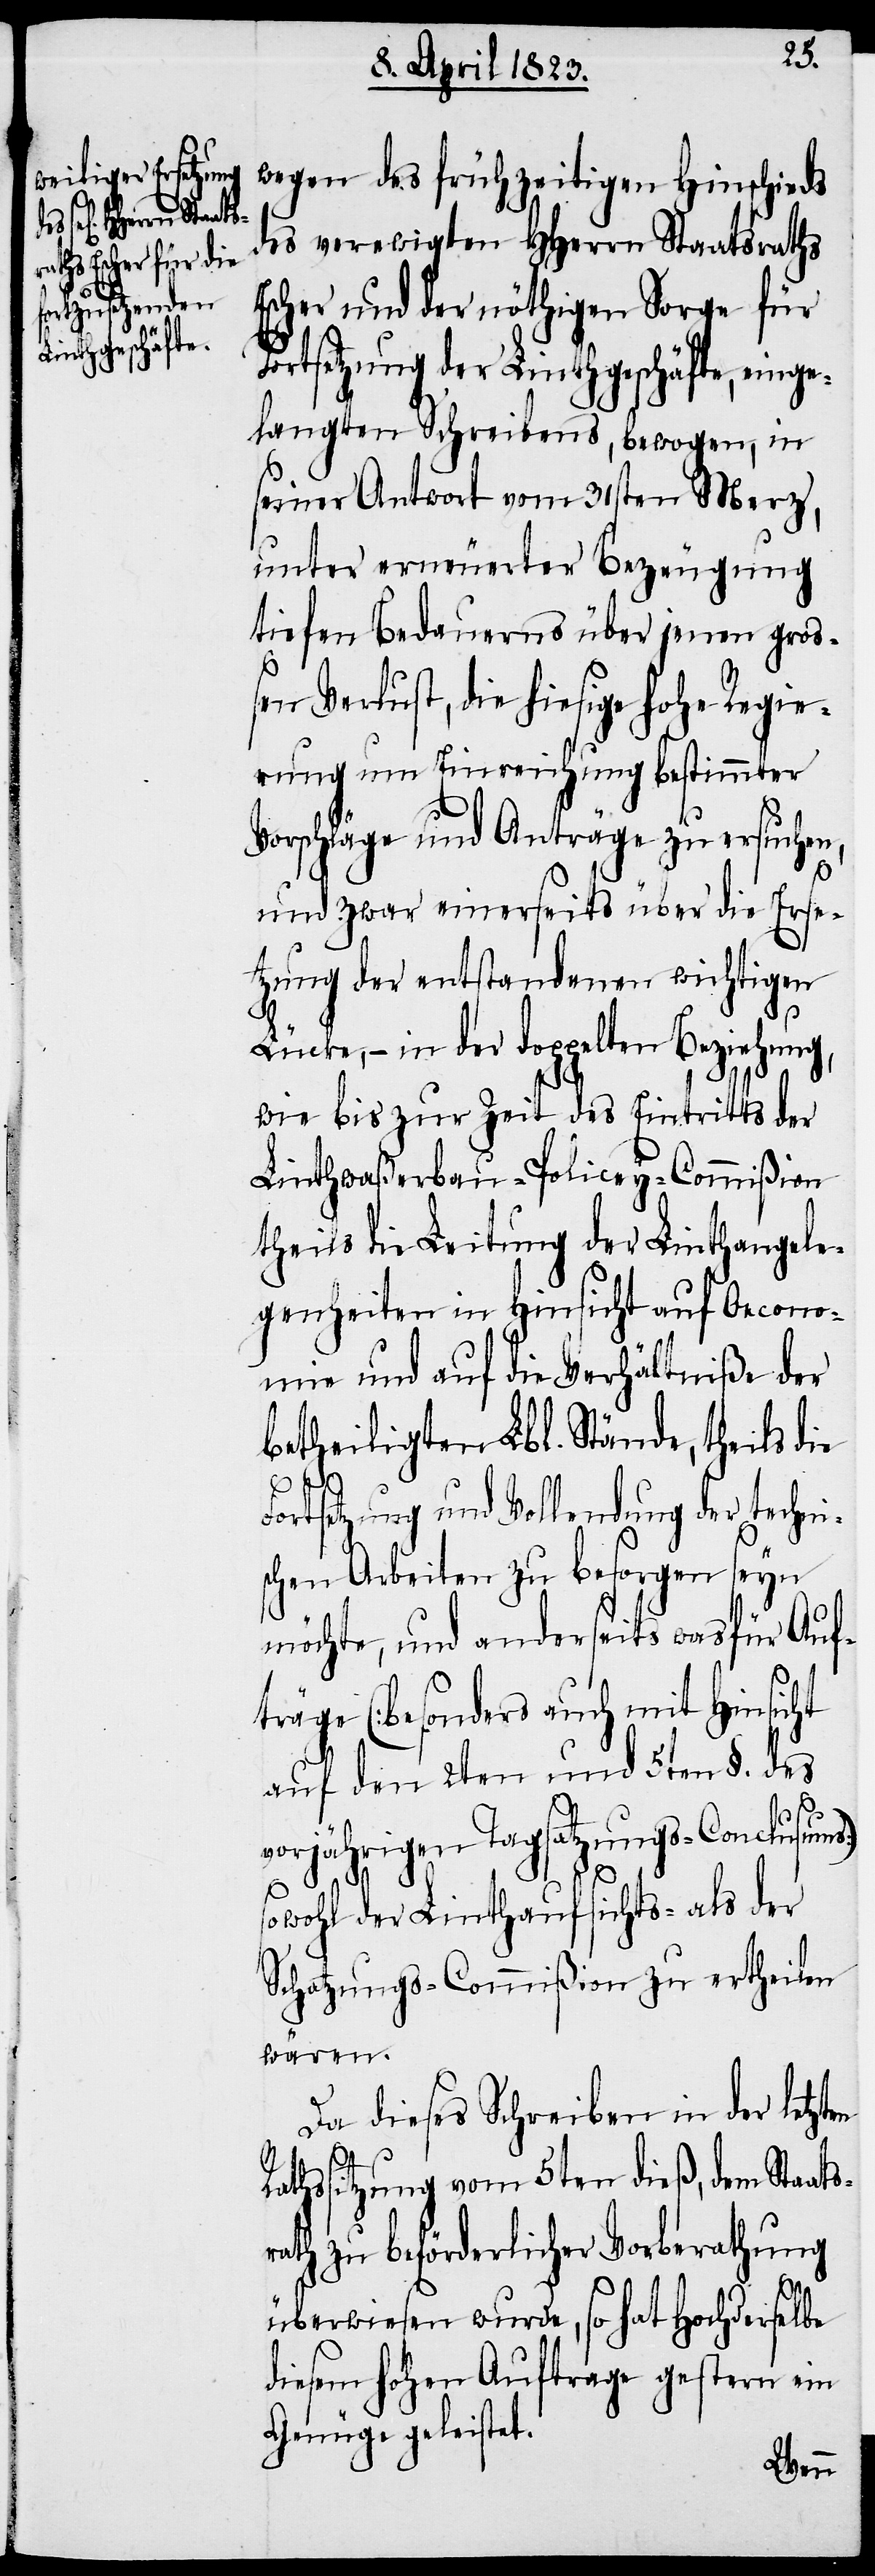
wegen des frühzeitigen Hinschieds
des verewigten HHerrn Staatsraths
Escher und der nöthigen Sorge für
Fortsetzung der Linthgeschäfte, einge¬
langten Schreibens, bewogen, in
seiner Antwort vom 31sten Merz,
unter erneuerter Bezeugung
tiefen Bedauerns über jenen gro¬
ßen Verlust, die hiesige hohe Regie¬
rung um Einreichung bestimmter
Vorschläge und Anträge zu ersuchen,
und zwar einerseits über die Erse¬
tzung der entstandenen wichtigen
Lücke, – in der doppelten Beziehung,
wie bis zur Zeit des Eintritts der
Linthwaßerbau-Policey-Commißion
theils die Leitung der Linthangele¬
genheiten in Hinsicht auf Oecono¬
mie und auf die Verhältniße der
betheiligten Lbl. Stände, theils die
Fortsetzung und Vollendung der techni¬
schen Arbeiten zu besorgen seyn
möchte, und anderseits was für Auf¬
träge (besonders auch mit Hinsicht
auf den 2ten und 5ten §. des
vorjährigen Tagsatzungs-Conclusums)
sowohl der Linthaufsichts- als der
Schatzungs-Commißion zu ertheilen
wären.
Da dieses Schreiben in der letzten
Rathssitzung vom 5ten dieß, dem Staats¬
rath zu beförderlicher Vorberathung
überwiesen wurde, so hat Hochderselbe
diesem hohen Auftrage gestern ein
Genüge geleistet.